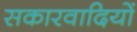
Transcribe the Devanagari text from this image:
सकारवादियों